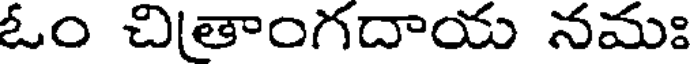
ఓం చితాంగదాయ నమః